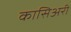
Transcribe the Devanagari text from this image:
कासिअरी